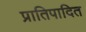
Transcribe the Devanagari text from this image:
प्रातिपादित